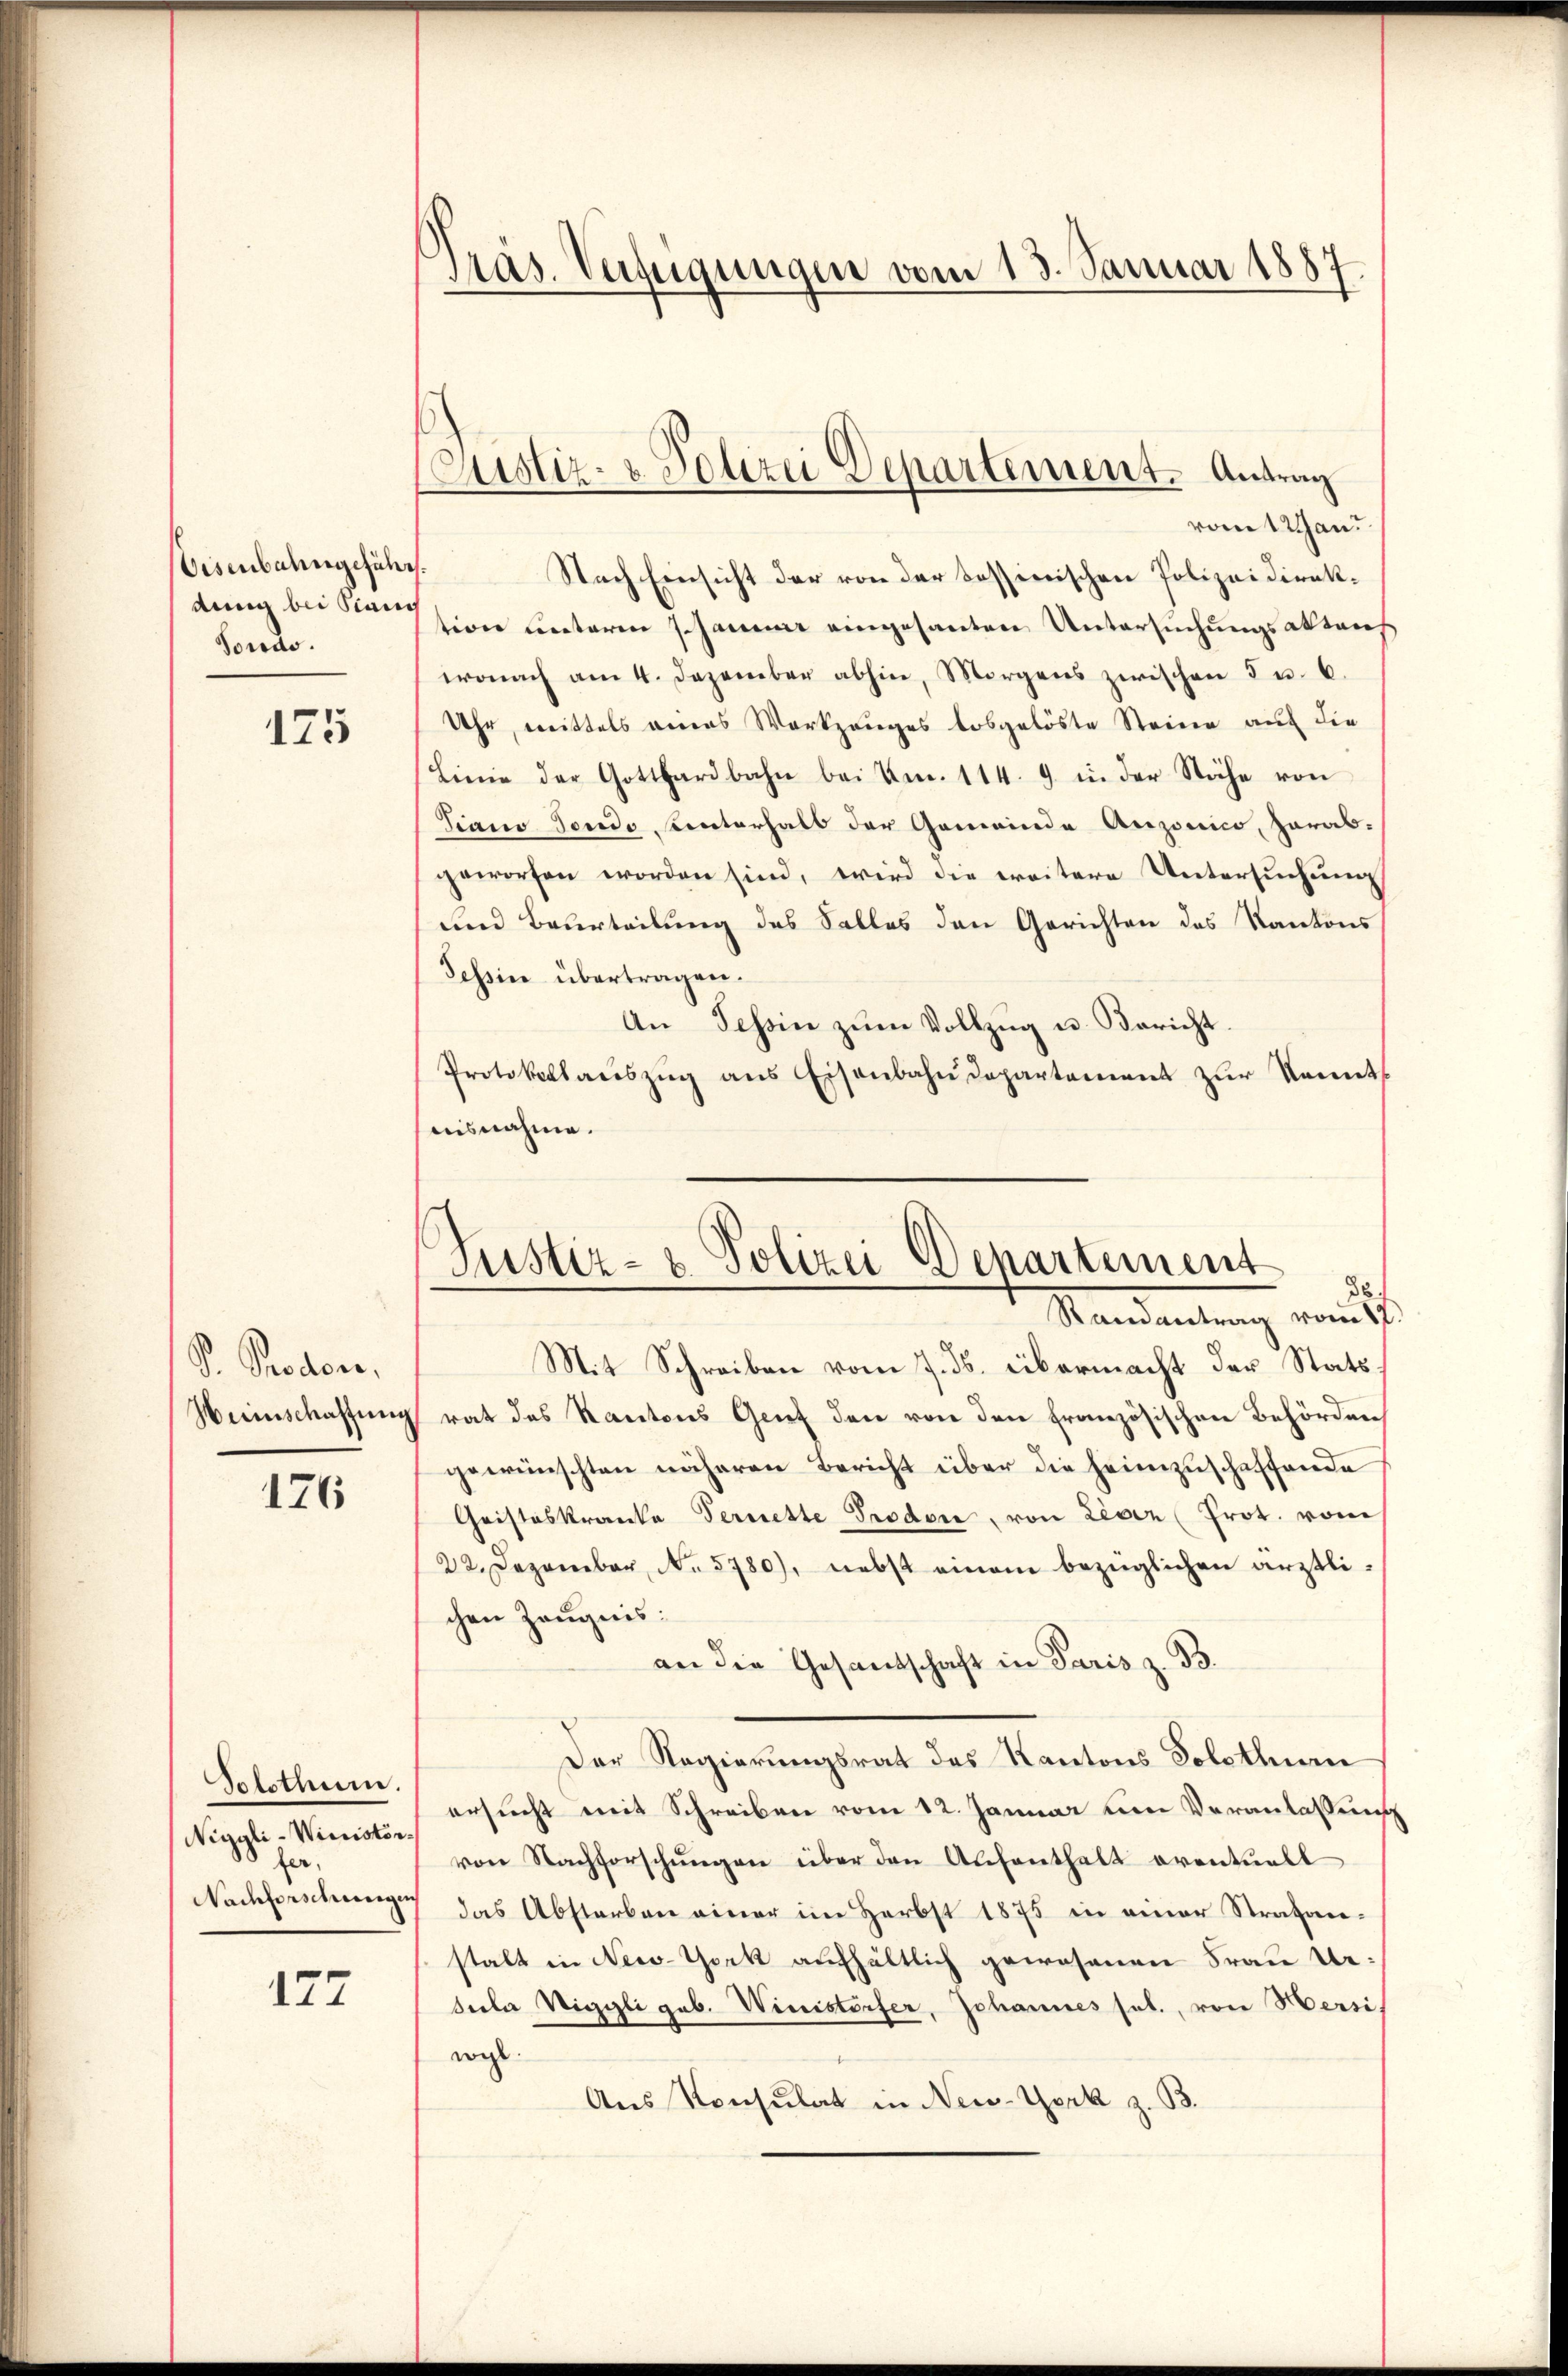
Eisenbahngeführ
dung bei Stand
Fonds.

175

.
S. Proden,
Herinschaffnen

176

Solothum.
Niggli-Winistorfer,
Nachforschweigen

177

Tras. Verfügungen vom 13. Januar 1887

Custiz- & Polizei Departement. Antrag
vom 1 Jan.

Nach Einsicht der von der Sessinischen Polizeidirektion unterm Schanen eingesanten Untersuchungsaktauf
wonach am 4. Dezember abhin, Morgens zwischen 5 u. 6.
Uhr, mittels eines Werkzeuges losgelöste Steine auf die
Linie der Gotthardbahn bei Am. 114. 9. in der Stähe von
Siano Fonds, Unterhalb der Gemeinde Anzonico, herab-
geworfen worden sind, wird die weitere Untersuchung
und Beurteilung des Salles den Gerichten des Kantons
Tessin übertragen.
An Tessin zum Vollzug u. Bericht.
Protokolaŭszŭg ans Eisenbahndepartement zur Kennt
aisnahme.

d
Justiz- & Polizei Departement
38.
Randantrag vom 12.

Mit Schreiben vom 7. ds. übermacht der Stats
rat des Kantons Genf den von den französischen Behörden
gewünschten näheren Bericht über die heimzuschaffende
Cristeskranke Fernette Prodon, von Leser (Prot. vom
22. Dezember, No 5780), nebst einem bezüglichen ärztlichen Zeugnis:
an die Gesandschaft in Paris z. B.
Der Regierungsrat des Kantons Solothurn
ersucht mit Schreiben vom 12. Januar um Veranlassung
von Nachforschŭngen über den Aufenthalt eventuell
das Abstarben einer im Herbst 1875 in einer Strafanstalt in New-York aufhältlich gewesenen Frau Ue¬
Seele Viggli geb. Winisterfer, Johannes sel., von Mersis
wahl.
Aus Konsulat in New-York z. B.